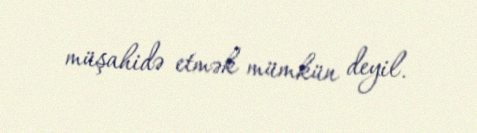
müşahidə etmək mümkün deyil.